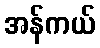
အန်ကယ်